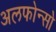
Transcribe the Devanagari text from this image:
अलफोन्सो